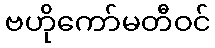
ဗဟိုကော်မတီဝင်